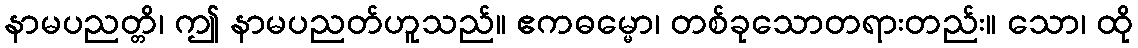
နာမပညတ္တိ၊ ဤ နာမပညတ်ဟူသည်။ ဧကဓမ္မော၊ တစ်ခုသောတရားတည်း။ သော၊ ထို